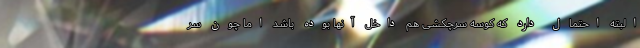
البته احتمال دارد که کوسه سرچکشی هم داخل آنها بوده باشد اما چون سر